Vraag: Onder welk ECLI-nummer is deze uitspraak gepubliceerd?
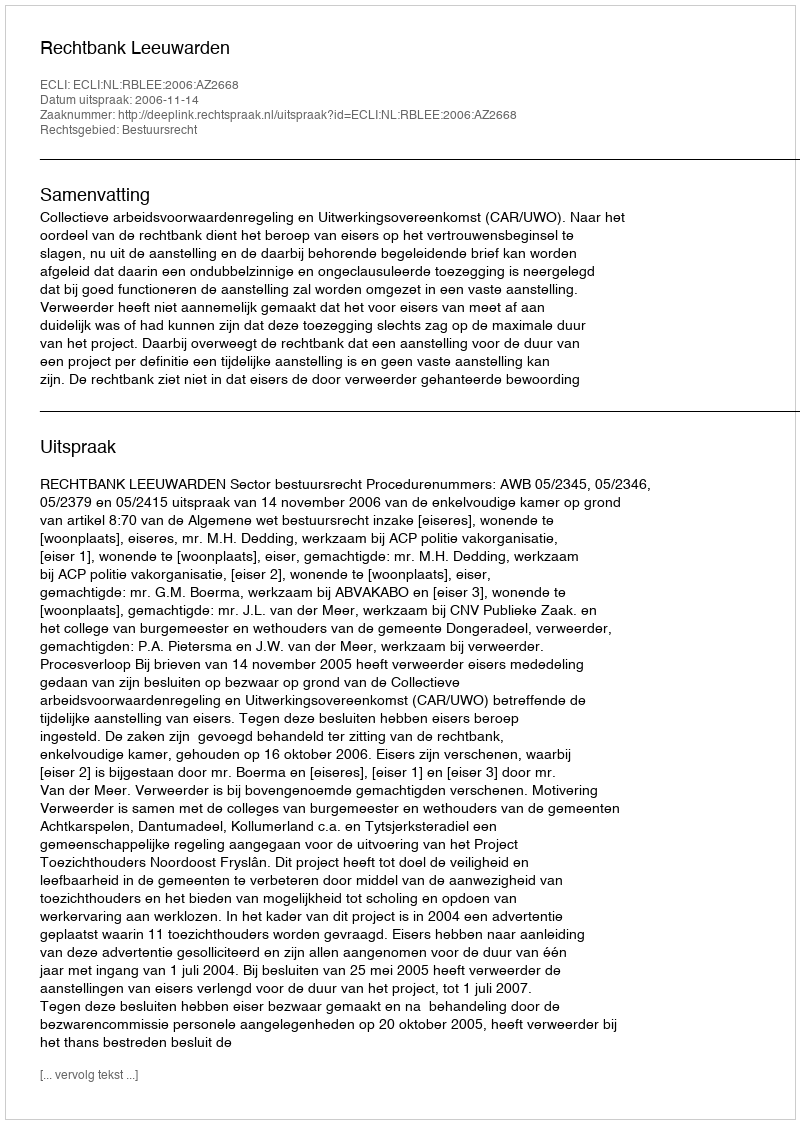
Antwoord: ECLI:NL:RBLEE:2006:AZ2668